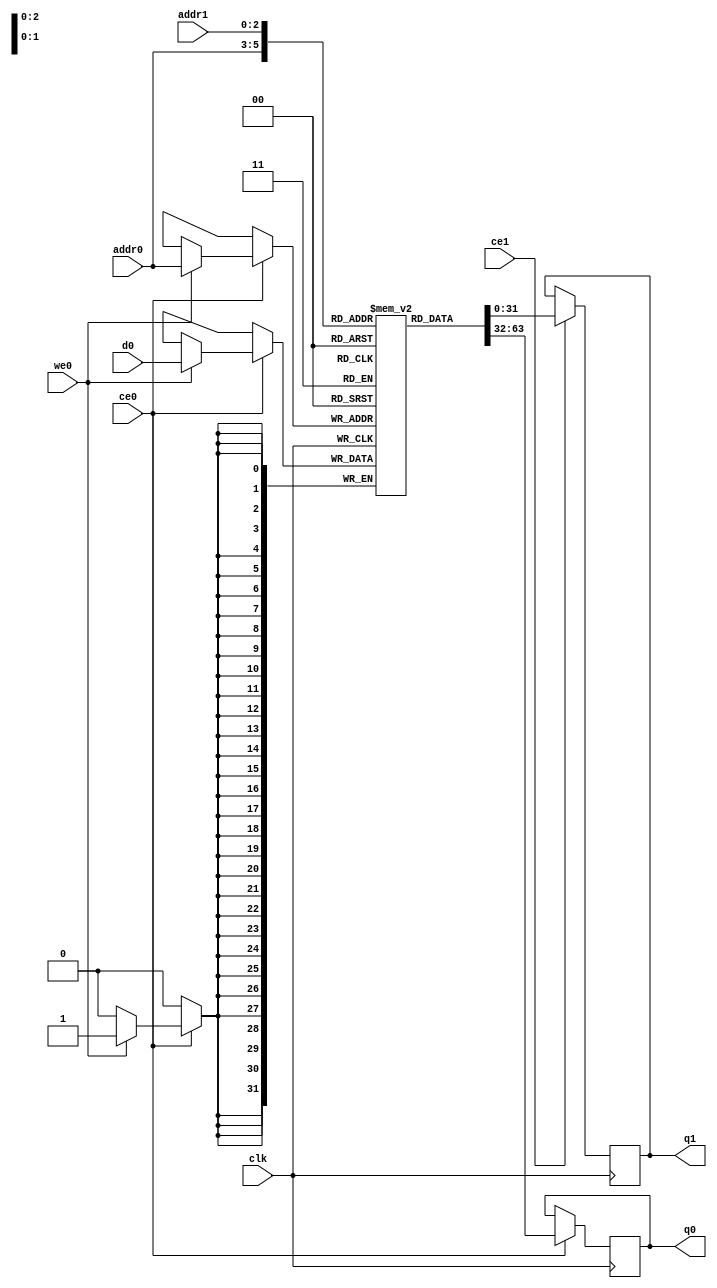
// ==============================================================
// Vivado(TM) HLS - High-Level Synthesis from C, C++ and SystemC v2019.2.1 (64-bit)
// Copyright 1986-2019 Xilinx, Inc. All Rights Reserved.
// ==============================================================
`timescale 1 ns / 1 ps
module nn_accel_nn_accel_out1_ram (addr0, ce0, d0, we0, q0, addr1, ce1, q1,  clk);

parameter DWIDTH = 32;
parameter AWIDTH = 3;
parameter MEM_SIZE = 6;

input[AWIDTH-1:0] addr0;
input ce0;
input[DWIDTH-1:0] d0;
input we0;
output reg[DWIDTH-1:0] q0;
input[AWIDTH-1:0] addr1;
input ce1;
output reg[DWIDTH-1:0] q1;
input clk;

(* ram_style = "distributed" *)reg [DWIDTH-1:0] ram[0:MEM_SIZE-1];




always @(posedge clk)  
begin 
    if (ce0) begin
        if (we0) 
            ram[addr0] <= d0; 
        q0 <= ram[addr0];
    end
end


always @(posedge clk)  
begin 
    if (ce1) begin
        q1 <= ram[addr1];
    end
end


endmodule

`timescale 1 ns / 1 ps
module nn_accel_nn_accel_out1(
    reset,
    clk,
    address0,
    ce0,
    we0,
    d0,
    q0,
    address1,
    ce1,
    q1);

parameter DataWidth = 32'd32;
parameter AddressRange = 32'd6;
parameter AddressWidth = 32'd3;
input reset;
input clk;
input[AddressWidth - 1:0] address0;
input ce0;
input we0;
input[DataWidth - 1:0] d0;
output[DataWidth - 1:0] q0;
input[AddressWidth - 1:0] address1;
input ce1;
output[DataWidth - 1:0] q1;



nn_accel_nn_accel_out1_ram nn_accel_nn_accel_out1_ram_U(
    .clk( clk ),
    .addr0( address0 ),
    .ce0( ce0 ),
    .we0( we0 ),
    .d0( d0 ),
    .q0( q0 ),
    .addr1( address1 ),
    .ce1( ce1 ),
    .q1( q1 ));

endmodule